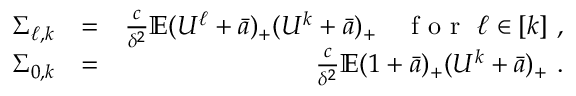
\begin{array} { r l r } { \Sigma _ { \ell , k } } & { = } & { \frac c { \delta ^ { 2 } } \mathbb { E } ( U ^ { \ell } + \bar { a } ) _ { + } ( U ^ { k } + \bar { a } ) _ { + } \quad \textrm { f o r } \ \ell \in [ k ] \ , } \\ { \Sigma _ { 0 , k } } & { = } & { \frac c { \delta ^ { 2 } } \mathbb { E } ( 1 + \bar { a } ) _ { + } ( U ^ { k } + \bar { a } ) _ { + } \ . } \end{array}